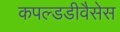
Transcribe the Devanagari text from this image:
कपल्डडीवैसेस